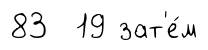
83 19 зат'е́м